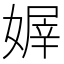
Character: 𡟭